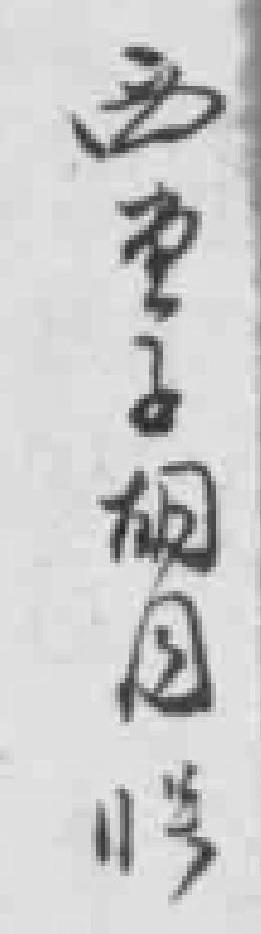
西堂子胡同11号